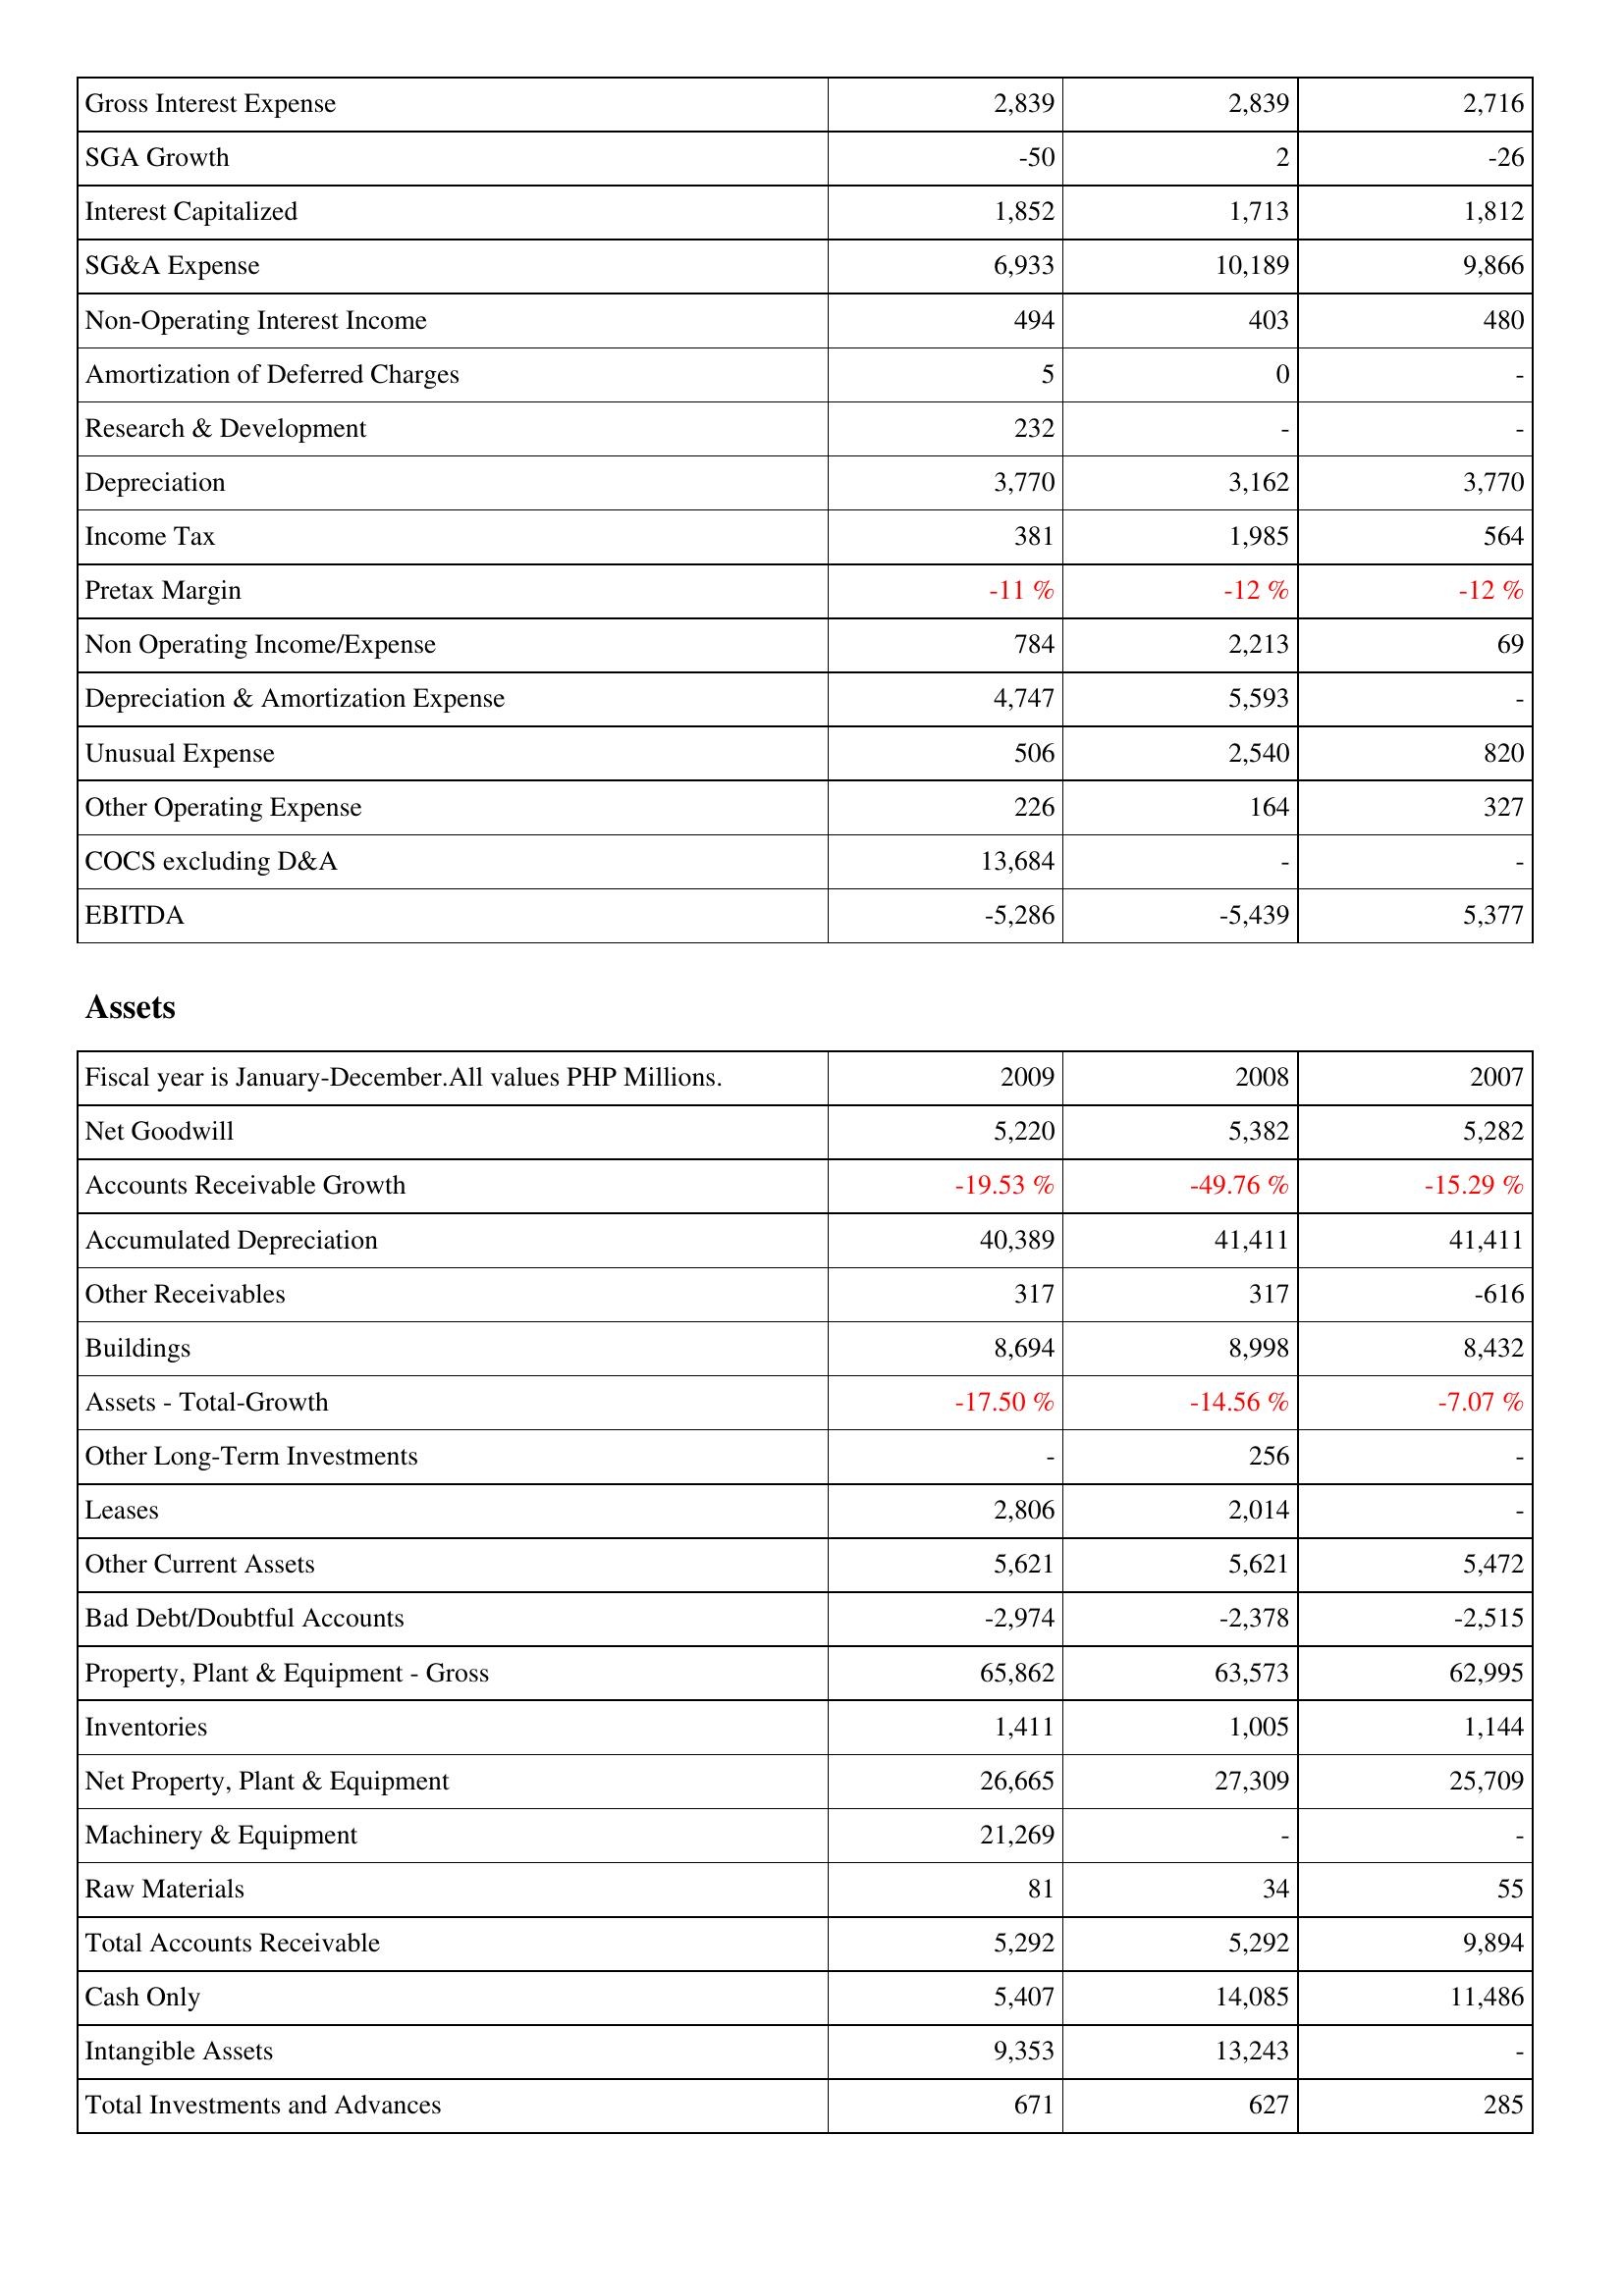
2009: Income Statement: Gross Interest Expense: 2,839
SGA Growth: -50
Interest Capitalized: 1,852
SG&A Expense: 6,933
Non-Operating Interest Income: 494
Amortization of Deferred Charges: 5
Research & Development: 232
Depreciation: 3,770
Income Tax: 381
Pretax Margin: -11 %
Non Operating Income/Expense: 784
Depreciation & Amortization Expense: 4,747
Unusual Expense: 506
Other Operating Expense: 226
COCS excluding D&A: 13,684
EBITDA: -5,286
Assets: Net Goodwill: 5,220
Accounts Receivable Growth: -19.53 %
Accumulated Depreciation: 40,389
Other Receivables: 317
Buildings: 8,694
Assets - Total-Growth: -17.50 %
Other Long-Term Investments: -
Leases: 2,806
Other Current Assets: 5,621
Bad Debt/Doubtful Accounts: -2,974
Property, Plant & Equipment - Gross: 65,862
Inventories: 1,411
Net Property, Plant & Equipment: 26,665
Machinery & Equipment: 21,269
Raw Materials: 81
Total Accounts Receivable: 5,292
Cash Only: 5,407
Intangible Assets: 9,353
Total Investments and Advances: 671
2008: Income Statement: Gross Interest Expense: 2,839
SGA Growth: 2
Interest Capitalized: 1,713
SG&A Expense: 10,189
Non-Operating Interest Income: 403
Amortization of Deferred Charges: 0
Research & Development: -
Depreciation: 3,162
Income Tax: 1,985
Pretax Margin: -12 %
Non Operating Income/Expense: 2,213
Depreciation & Amortization Expense: 5,593
Unusual Expense: 2,540
Other Operating Expense: 164
COCS excluding D&A: -
EBITDA: -5,439
Assets: Net Goodwill: 5,382
Accounts Receivable Growth: -49.76 %
Accumulated Depreciation: 41,411
Other Receivables: 317
Buildings: 8,998
Assets - Total-Growth: -14.56 %
Other Long-Term Investments: 256
Leases: 2,014
Other Current Assets: 5,621
Bad Debt/Doubtful Accounts: -2,378
Property, Plant & Equipment - Gross: 63,573
Inventories: 1,005
Net Property, Plant & Equipment: 27,309
Machinery & Equipment: -
Raw Materials: 34
Total Accounts Receivable: 5,292
Cash Only: 14,085
Intangible Assets: 13,243
Total Investments and Advances: 627
2007: Income Statement: Gross Interest Expense: 2,716
SGA Growth: -26
Interest Capitalized: 1,812
SG&A Expense: 9,866
Non-Operating Interest Income: 480
Amortization of Deferred Charges: -
Research & Development: -
Depreciation: 3,770
Income Tax: 564
Pretax Margin: -12 %
Non Operating Income/Expense: 69
Depreciation & Amortization Expense: -
Unusual Expense: 820
Other Operating Expense: 327
COCS excluding D&A: -
EBITDA: 5,377
Assets: Net Goodwill: 5,282
Accounts Receivable Growth: -15.29 %
Accumulated Depreciation: 41,411
Other Receivables: -616
Buildings: 8,432
Assets - Total-Growth: -7.07 %
Other Long-Term Investments: -
Leases: -
Other Current Assets: 5,472
Bad Debt/Doubtful Accounts: -2,515
Property, Plant & Equipment - Gross: 62,995
Inventories: 1,144
Net Property, Plant & Equipment: 25,709
Machinery & Equipment: -
Raw Materials: 55
Total Accounts Receivable: 9,894
Cash Only: 11,486
Intangible Assets: -
Total Investments and Advances: 285